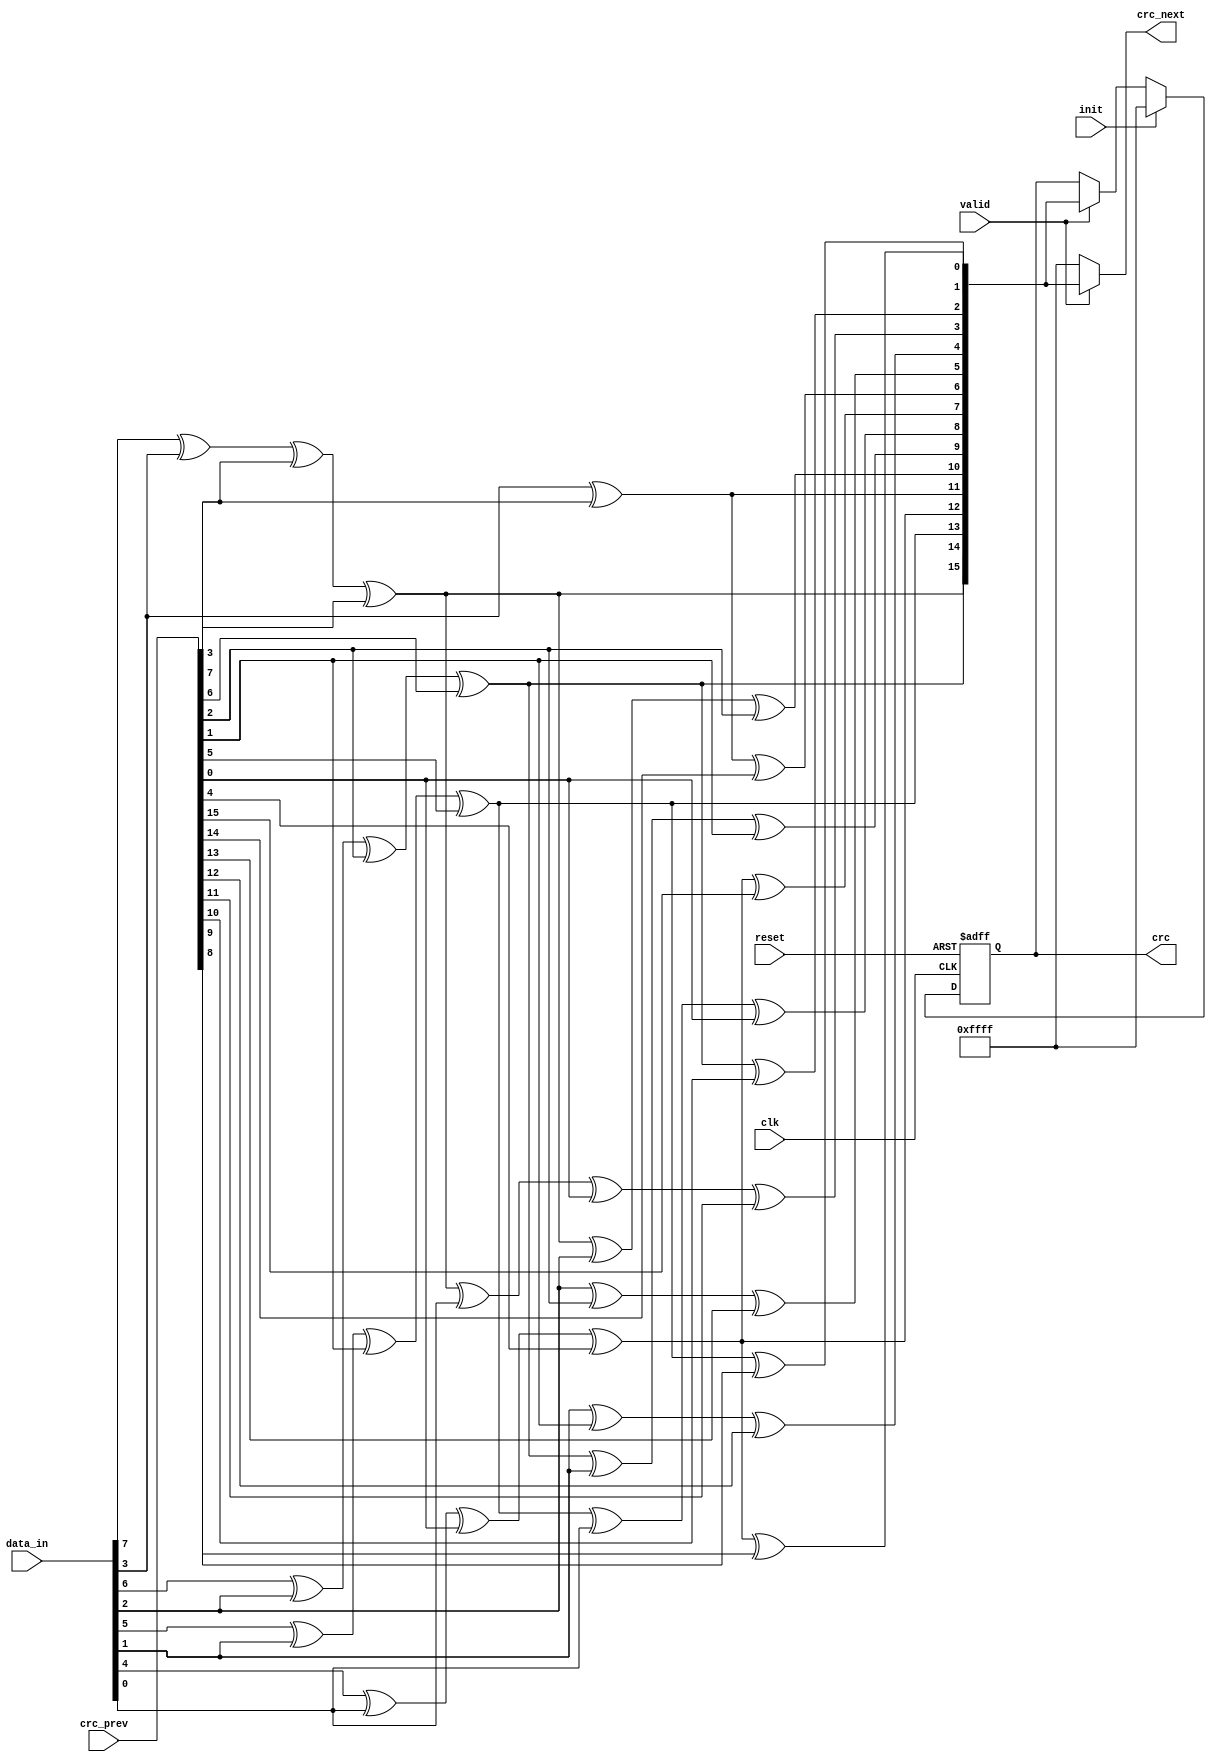
module slink_crc_8_16bit_compute(
  input  wire           clk,
  input  wire           reset,
  input  wire [7:0]     data_in,
  input  wire           valid,
  input  wire           init,
  input  wire [15:0]    crc_prev,
  output wire [15:0]    crc_next,
  output reg  [15:0]    crc

);

wire  [15:0] crc_in16;
wire  [15:0] crc_in8;
reg   [15:0] crc_in8_xfix;

always @(posedge clk or posedge reset) begin
  if(reset) begin
    crc       <= 16'hffff;
  end else begin
    crc       <= init   ? 16'hffff : 
                 valid  ? crc_in8_xfix  : crc;
  end
end

assign crc_next = valid ? crc_in8_xfix  : 16'hffff;


//Can this be more optimzed?
assign crc_in8[15] = data_in[7] ^ data_in[3] ^ crc_prev[3] ^ crc_prev[7];
assign crc_in8[14] = data_in[6] ^ data_in[2] ^ crc_prev[2] ^ crc_prev[6];
assign crc_in8[13] = data_in[5] ^ data_in[1] ^ crc_prev[1] ^ crc_prev[5];
assign crc_in8[12] = data_in[4] ^ data_in[0] ^ crc_prev[0] ^ crc_prev[4];
assign crc_in8[11] = data_in[3] ^ crc_prev[3];
assign crc_in8[10] = data_in[7] ^ data_in[3] ^ crc_prev[3] ^ crc_prev[7] ^ data_in[2] ^ crc_prev[2];
assign crc_in8[ 9] = data_in[6] ^ data_in[2] ^ crc_prev[2] ^ crc_prev[6] ^ data_in[1] ^ crc_prev[1];
assign crc_in8[ 8] = data_in[5] ^ data_in[1] ^ crc_prev[1] ^ crc_prev[5] ^ data_in[0] ^ crc_prev[0];
assign crc_in8[ 7] = data_in[4] ^ data_in[0] ^ crc_prev[0] ^ crc_prev[4] ^ crc_prev[15];
assign crc_in8[ 6] = data_in[3] ^ crc_prev[3] ^ crc_prev[14];
assign crc_in8[ 5] = data_in[2] ^ crc_prev[2] ^ crc_prev[13];
assign crc_in8[ 4] = data_in[1] ^ crc_prev[1] ^ crc_prev[12];
assign crc_in8[ 3] = data_in[7] ^ data_in[3] ^ crc_prev[3] ^ crc_prev[7] ^ data_in[0] ^ crc_prev[0] ^ crc_prev[11];
assign crc_in8[ 2] = data_in[6] ^ data_in[2] ^ crc_prev[2] ^ crc_prev[6] ^ crc_prev[10];
assign crc_in8[ 1] = data_in[5] ^ data_in[1] ^ crc_prev[1] ^ crc_prev[5] ^ crc_prev[9];
assign crc_in8[ 0] = data_in[4] ^ data_in[0] ^ crc_prev[0] ^ crc_prev[4] ^ crc_prev[8];


always @(*) begin
  crc_in8_xfix  = crc_in8;
  `ifndef SYNTHESIS
  for(int jj=0; jj < 16; jj++) begin
    if(crc_in8[jj] === 1'bx) begin
      crc_in8_xfix[jj] = 1'b0;
    end
  end
  `endif
end

endmodule